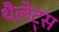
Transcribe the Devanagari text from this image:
थैलेट्स